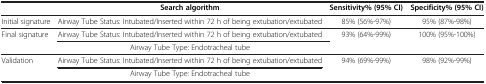
<table><thead><tr><td><b> </b></td><td><b>Search algorithm</b></td><td><b>Sensitivity% (95% CI)</b></td><td><b>Specificity% (95% CI)</b></td></tr></thead><tbody><tr><td>Initial signature</td><td>Airway Tube Status: Intubated/Inserted within 72 h of being extubation/extubated</td><td>85% (56%-97%)</td><td>95% (87%-98%)</td></tr><tr><td rowspan="2">Final signature</td><td>Airway Tube Status: Intubated/Inserted within 72 h of being extubation/extubated</td><td rowspan="2">93% (64%-99%)</td><td rowspan="2">100% (95%-100%)</td></tr><tr><td>Airway Tube Type: Endotracheal tube</td></tr><tr><td rowspan="2">Validation</td><td>Airway Tube Status: Intubated/Inserted within 72 h of being extubation/extubated</td><td rowspan="2">94% (69%-99%)</td><td rowspan="2">98% (92%-99%)</td></tr><tr><td>Airway Tube Type: Endotracheal tube</td></tr></tbody></table>